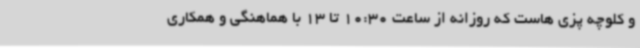
و کلوچه پزی هاست که روزانه از ساعت 10:30 تا 13 با هماهنگی و همکاری